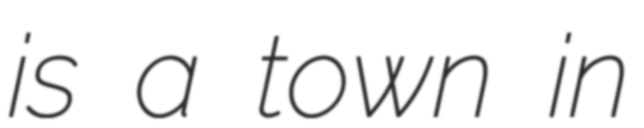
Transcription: is a town in